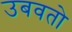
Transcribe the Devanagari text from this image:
उबवतो